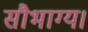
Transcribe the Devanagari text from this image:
सौभाग्य।